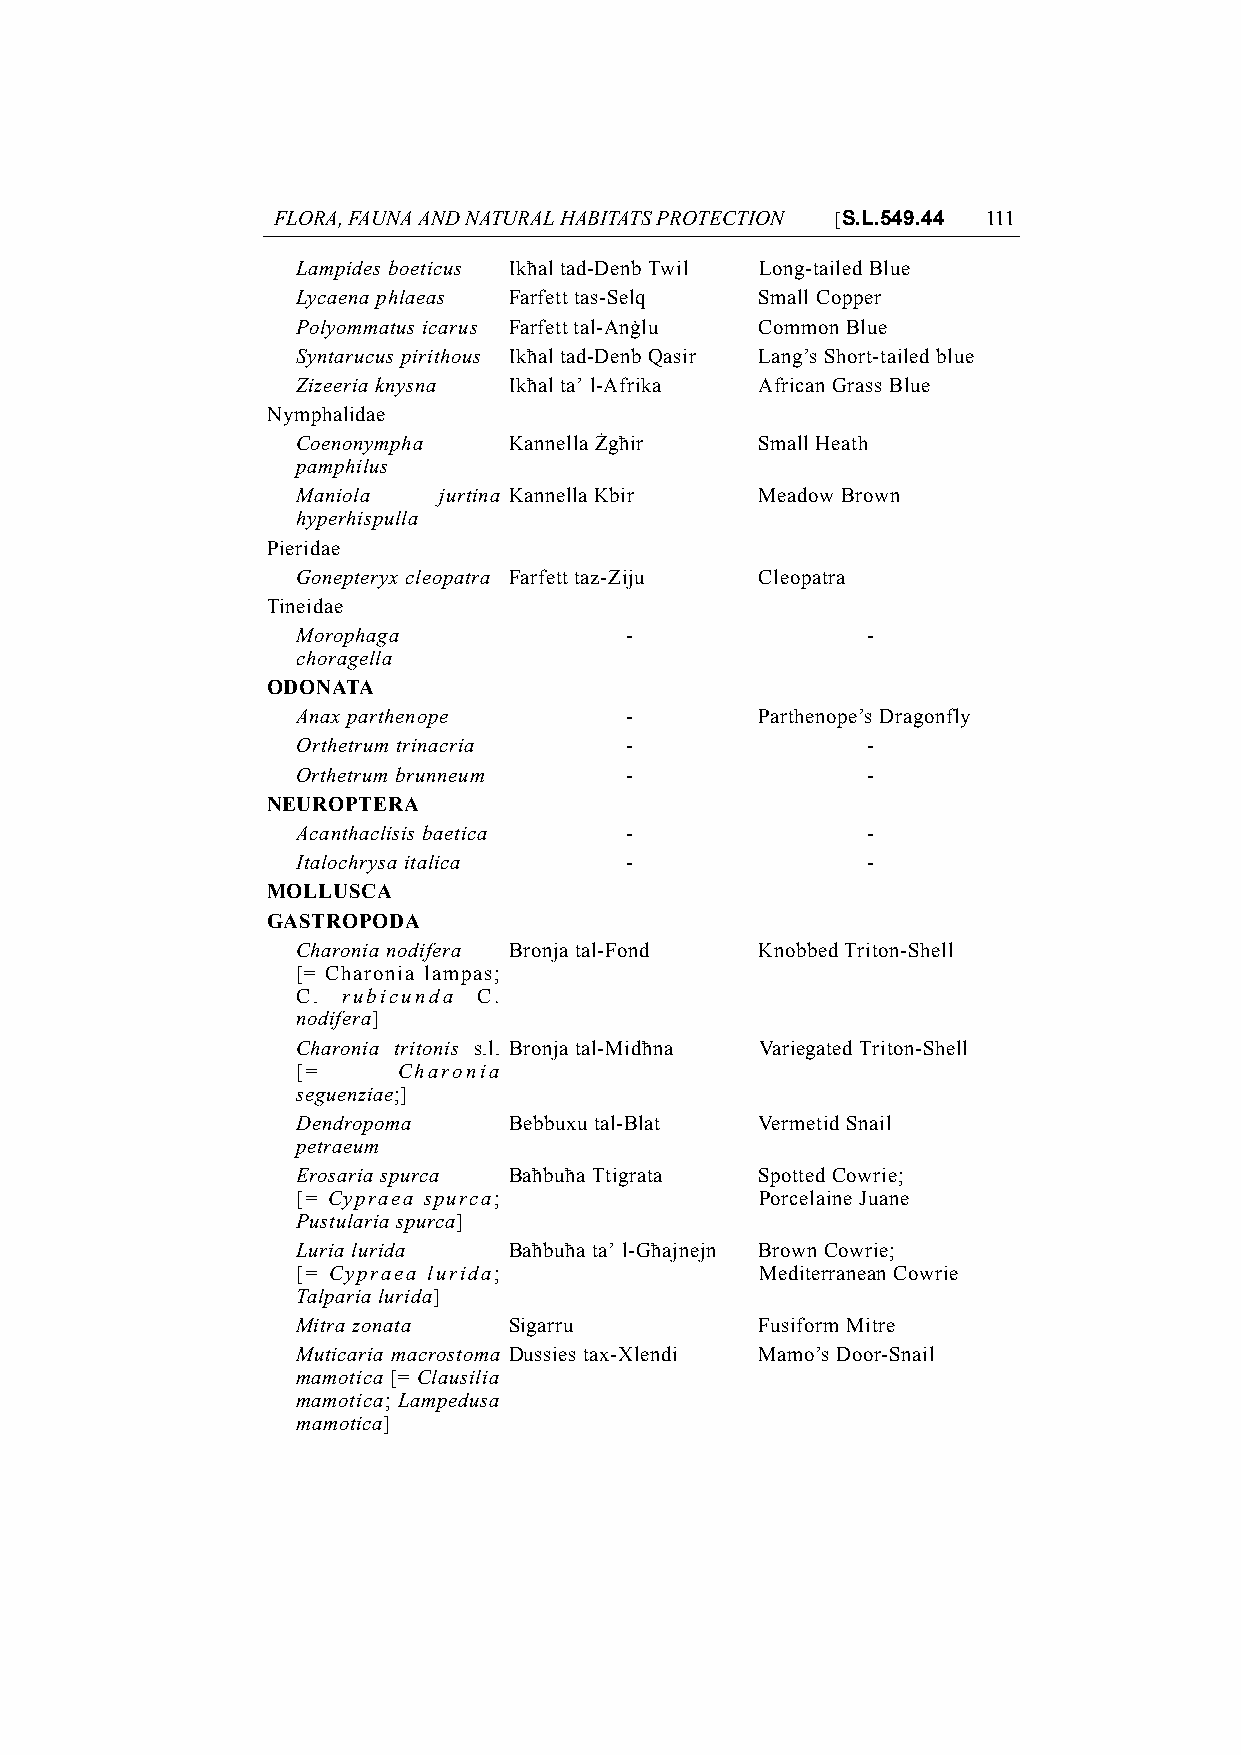
FLORA, FAUNA AND NATURAL HABITATS PROTECTION [S.L.549.44 111
 Lampides boeticus Ikħal tad-Denb Twil Long-tailed Blue
 Lycaena phlaeas Farfett tas-Selq Small Copper
 Polyommatus icarus Farfett tal-Anġlu Common Blue
 Syntarucus pirithous Ikħal tad-Denb Qasir Lang’s Short-tailed blue
 Zizeeria knysna Ikħal ta’ l-Afrika African Grass Blue
 Nymphalidae
 Coenonympha   Kannella Żgħir  Small Heath
 pamphilus
 Maniola  jurtina Kannella Kbir Meadow Brown
 hyperhispulla
 Pieridae
 Gonepteryx cleopatra Farfett taz-Ziju Cleopatra
 Tineidae
 Morophaga            -               -
 choragella
 ODONATA
 Anax parthenope      -        Parthenope’s Dragonfly
 Orthetrum trinacria  -               -
 Orthetrum brunneum   -               -
 NEUROPTERA
 Acanthaclisis baetica -              -
 Italochrysa italica  -               -
 MOLLUSCA
 GASTROPODA
 Charonia nodifera Bronja tal-Fond Knobbed Triton-Shell
 [= Charonia lampas;
 C. rubicunda C.
 nodifera]
 Charonia tritonis s.l. Bronja tal-Midħna Variegated Triton-Shell
 [=    Charonia
 seguenziae;]
 Dendropoma    Bebbuxu tal-Blat Vermetid Snail
 petraeum
 Erosaria spurca Baħbuħa Ttigrata Spotted Cowrie;
 [= Cypraea spurca;            Porcelaine Juane
 Pustularia spurca]
 Luria lurida  Baħbuħa ta’ l-Għajnejn Brown Cowrie;
 [= Cypraea lurida;            Mediterranean Cowrie
 Talparia lurida]
 Mitra zonata  Sigarru         Fusiform Mitre
 Muticaria macrostoma Dussies tax-Xlendi Mamo’s Door-Snail
 mamotica [= Clausilia
 mamotica; Lampedusa
 mamotica]